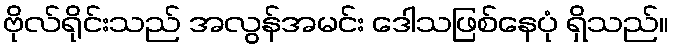
ဗိုလ်ရိုင်းသည် အလွန်အမင်း ဒေါသဖြစ်နေပုံ ရှိသည်။